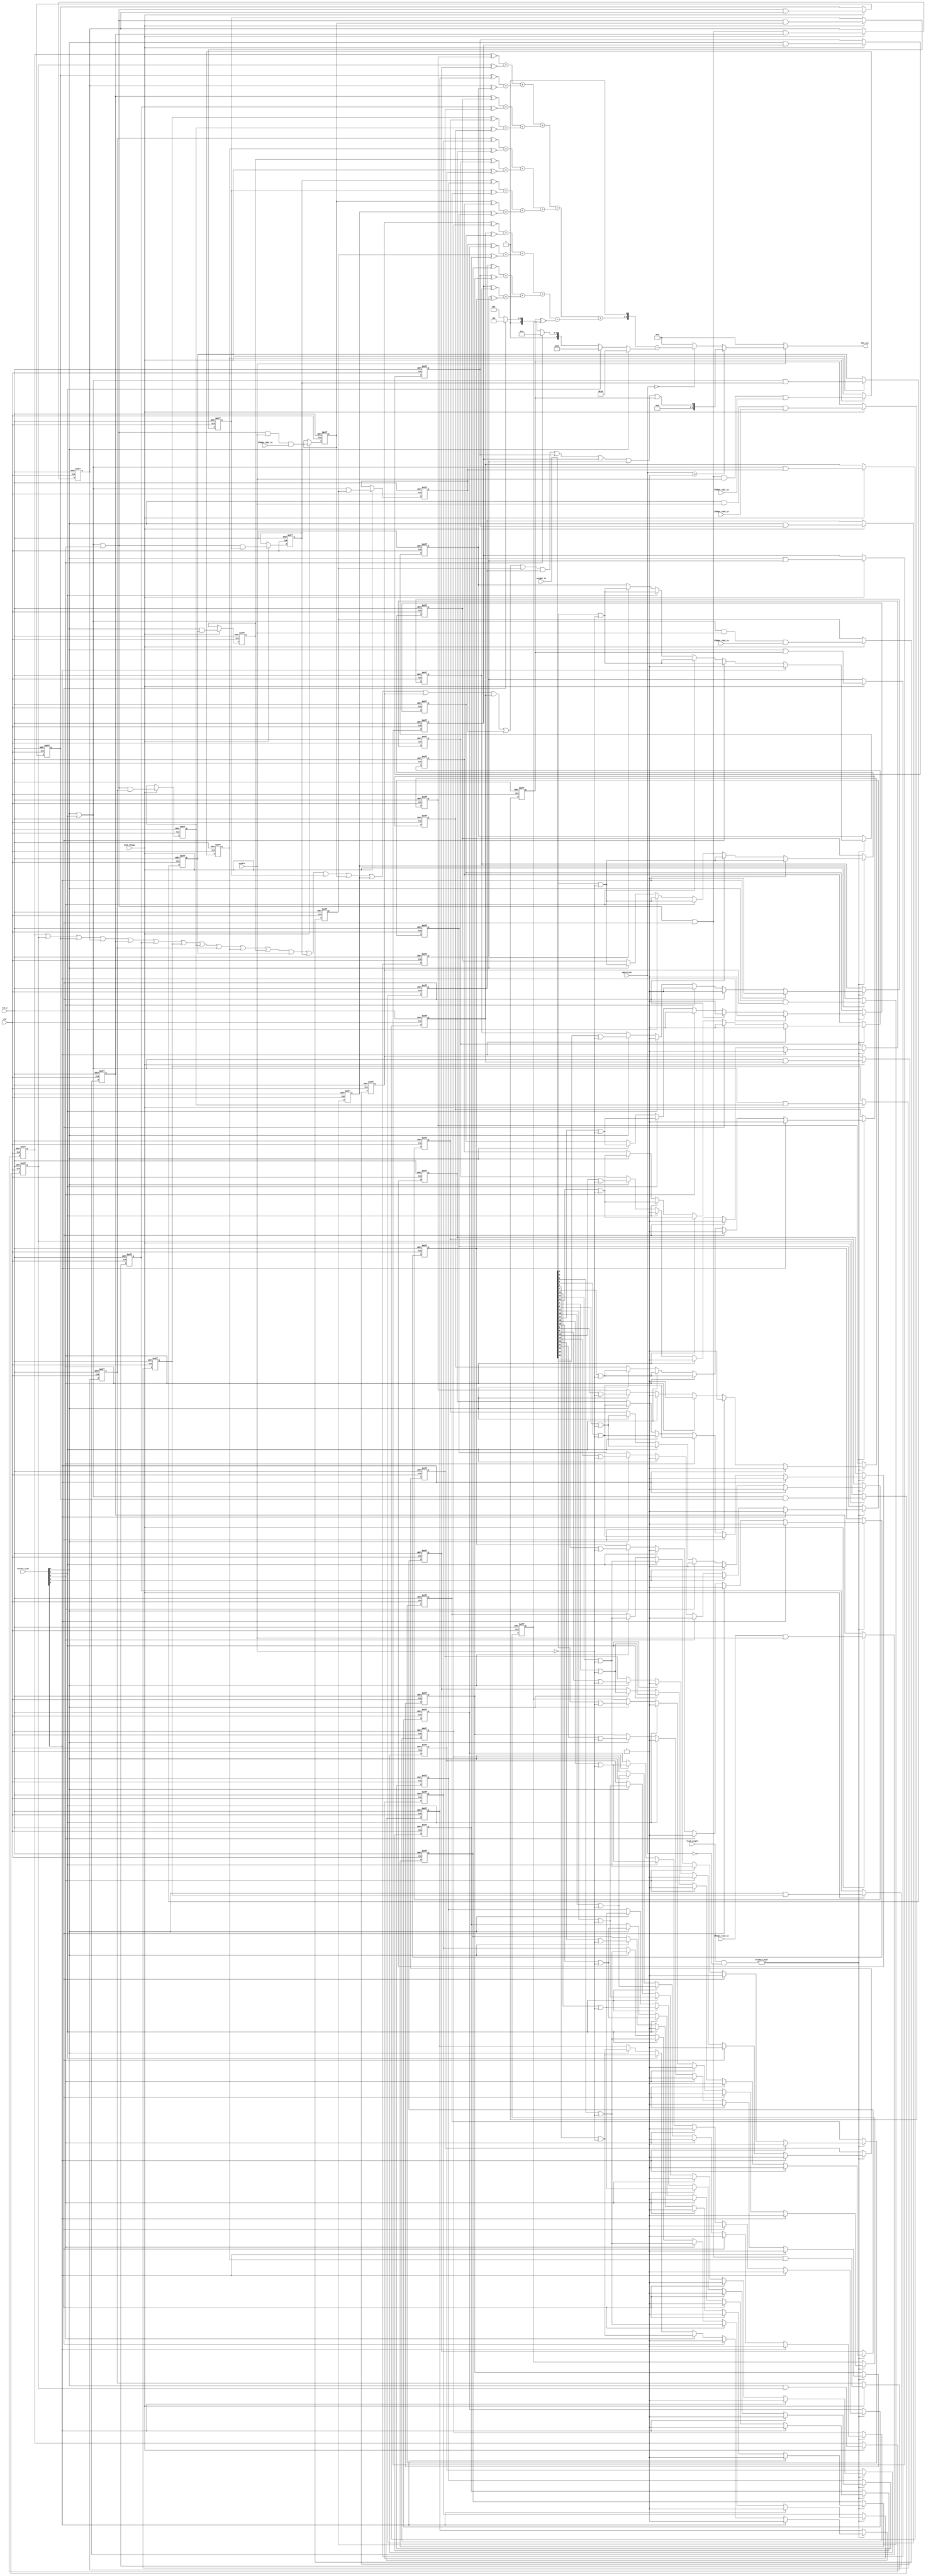
/*
    module  ALU

    input   ifmapsweightcontrol signal

    output  ConvolutionPooling

    ALUload_ifmapsload_weightifmapsweightALUoperationConvolutionPooling
    Convolution->XNORifmapsweight1Kernal size constant0-1
                 kernal size(K) = 3 1(1_n)30(0_n)6Convolution-3(ANS)
                       1_n - 0_n = ANS
                       1_n + 0_n = K^2
                     =>2(1_n) = ANS + K^2
                     =>ANS = 2(1_n) - K^2
                     ->-3  = 2(3) - 9  
    
    Pooling    -> ifmaps25regORpooling
*/
`timescale  10ns / 10ns
module ALU (
    //global
    input clk,
    input rst_n,

    //data
    input wire ifmaps_row0_in,
    input wire ifmaps_row1_in,
    input wire ifmaps_row2_in,
    input wire ifmaps_row3_in,
    input wire ifmaps_row4_in,

    input wire [24:0] weight_in,

    output wire [5:0] MAC_out,

    //control in
    input wire enable,
    input wire load_ifmaps,
    input wire load_weight,

    input wire [1:0] operation,
    input wire [4:0] kernel_size //one hot vector

);

    // integer idx;
    //ifmapsweightidx=4
    //regifmaps=0 weight=1xnor=0bitcount
    reg ifmaps_reg_00,ifmaps_reg_01,ifmaps_reg_02,ifmaps_reg_03,ifmaps_reg_04;
    reg ifmaps_reg_10,ifmaps_reg_11,ifmaps_reg_12,ifmaps_reg_13,ifmaps_reg_14;
    reg ifmaps_reg_20,ifmaps_reg_21,ifmaps_reg_22,ifmaps_reg_23,ifmaps_reg_24;
    reg ifmaps_reg_30,ifmaps_reg_31,ifmaps_reg_32,ifmaps_reg_33,ifmaps_reg_34;
    reg ifmaps_reg_40,ifmaps_reg_41,ifmaps_reg_42,ifmaps_reg_43,ifmaps_reg_44;

    reg weight_reg_00,weight_reg_01,weight_reg_02,weight_reg_03,weight_reg_04;
    reg weight_reg_10,weight_reg_11,weight_reg_12,weight_reg_13,weight_reg_14;
    reg weight_reg_20,weight_reg_21,weight_reg_22,weight_reg_23,weight_reg_24;
    reg weight_reg_30,weight_reg_31,weight_reg_32,weight_reg_33,weight_reg_34;
    reg weight_reg_40,weight_reg_41,weight_reg_42,weight_reg_43,weight_reg_44;

    wire [24:0] xnor_op;
    reg [5:0] summation;

    reg [1:0] summation_layer1 [0:11];
    reg [2:0] summation_layer2 [0:5];
    reg [3:0] summation_layer3 [0:2];
    reg [4:0] summation_layer4 [0:1];
    reg [4:0] summation_layer5 ;

    reg [4:0] kenel_constant;

    wire enable_n;//for weight reg to OR it. If enable is 1 then OR 0 ,else OR 1 
    assign enable_n=~enable;

    //operation decode
    wire op_convolution;
    wire op_pooling;
    wire op_linear;
    assign op_convolution=(operation==0);
    assign op_pooling=(operation==1);
    assign op_linear=(operation==2);

    wire pooling;
    assign pooling= ifmaps_reg_00|ifmaps_reg_01|ifmaps_reg_02|ifmaps_reg_03|ifmaps_reg_04|
                    ifmaps_reg_10|ifmaps_reg_11|ifmaps_reg_12|ifmaps_reg_13|ifmaps_reg_14|
                    ifmaps_reg_20|ifmaps_reg_21|ifmaps_reg_22|ifmaps_reg_23|ifmaps_reg_24|
                    ifmaps_reg_30|ifmaps_reg_31|ifmaps_reg_32|ifmaps_reg_33|ifmaps_reg_34|
                    ifmaps_reg_40|ifmaps_reg_41|ifmaps_reg_42|ifmaps_reg_43|ifmaps_reg_44;

    //operation  ->  1: Do Pooling  0: Do MUL
    assign MAC_out = (!enable) ? 6'd0 :
                     op_pooling ? {5'd0,pooling}:
                     op_convolution ? summation:6'd0; 
    
    //kernelkernel_size
    wire kenel_2,kenel_3,kenel_4,kenel_5;
    assign kenel_2=(kernel_size[4]|kernel_size[3]|kernel_size[2]|kernel_size[1]);
    assign kenel_3=(kernel_size[4]|kernel_size[3]|kernel_size[2]);
    assign kenel_4=(kernel_size[4]|kernel_size[3]);
    assign kenel_5=(kernel_size[4]);

    //XNOR 
    assign xnor_op[0] = ifmaps_reg_00 ^~ weight_reg_00;
    assign xnor_op[1] = ifmaps_reg_01 ^~ weight_reg_01;
    assign xnor_op[2] = ifmaps_reg_02 ^~ weight_reg_02;
    assign xnor_op[3] = ifmaps_reg_03 ^~ weight_reg_03;
    assign xnor_op[4] = ifmaps_reg_04 ^~ weight_reg_04;

    assign xnor_op[5] = ifmaps_reg_10 ^~ weight_reg_10;
    assign xnor_op[6] = ifmaps_reg_11 ^~ weight_reg_11;
    assign xnor_op[7] = ifmaps_reg_12 ^~ weight_reg_12;
    assign xnor_op[8] = ifmaps_reg_13 ^~ weight_reg_13;
    assign xnor_op[9] = ifmaps_reg_14 ^~ weight_reg_14;

    assign xnor_op[10] = ifmaps_reg_20 ^~ weight_reg_20;
    assign xnor_op[11] = ifmaps_reg_21 ^~ weight_reg_21;
    assign xnor_op[12] = ifmaps_reg_22 ^~ weight_reg_22;
    assign xnor_op[13] = ifmaps_reg_23 ^~ weight_reg_23;
    assign xnor_op[14] = ifmaps_reg_24 ^~ weight_reg_24;

    assign xnor_op[15] = ifmaps_reg_30 ^~ weight_reg_30;
    assign xnor_op[16] = ifmaps_reg_31 ^~ weight_reg_31;
    assign xnor_op[17] = ifmaps_reg_32 ^~ weight_reg_32;
    assign xnor_op[18] = ifmaps_reg_33 ^~ weight_reg_33;
    assign xnor_op[19] = ifmaps_reg_34 ^~ weight_reg_34;

    assign xnor_op[20] = ifmaps_reg_40 ^~ weight_reg_40;
    assign xnor_op[21] = ifmaps_reg_41 ^~ weight_reg_41;
    assign xnor_op[22] = ifmaps_reg_42 ^~ weight_reg_42;
    assign xnor_op[23] = ifmaps_reg_43 ^~ weight_reg_43;
    assign xnor_op[24] = ifmaps_reg_44 ^~ weight_reg_44;

    //ifmapsload_ifmaps == 1 
    always @(posedge clk or negedge rst_n) begin
        if(!rst_n) begin
            ifmaps_reg_00<=0;
            ifmaps_reg_01<=0;
            ifmaps_reg_02<=0;
            ifmaps_reg_03<=0;
            ifmaps_reg_04<=0;
        end
        else begin
            if(load_ifmaps) begin
                ifmaps_reg_00<=kenel_5 & ifmaps_reg_01;
                ifmaps_reg_01<=kenel_4 & ifmaps_reg_02;
                ifmaps_reg_02<=kenel_3 & ifmaps_reg_03;
                ifmaps_reg_03<=kenel_2 & ifmaps_reg_04;
                ifmaps_reg_04<=ifmaps_row0_in & enable;
            end
        end
    end

    always @(posedge clk or negedge rst_n) begin
        if(!rst_n) begin
            ifmaps_reg_10<=0;
            ifmaps_reg_11<=0;
            ifmaps_reg_12<=0;
            ifmaps_reg_13<=0;
            ifmaps_reg_14<=0;
        end
        else begin
            if(load_ifmaps) begin
                ifmaps_reg_10<=kenel_5 & ifmaps_reg_11;
                ifmaps_reg_11<=kenel_4 & ifmaps_reg_12;
                ifmaps_reg_12<=kenel_3 & ifmaps_reg_13;
                ifmaps_reg_13<=kenel_2 & ifmaps_reg_14;
                ifmaps_reg_14<=kenel_2 & enable & ifmaps_row1_in;
            end
        end
    end

    always @(posedge clk or negedge rst_n) begin
        if(!rst_n) begin
            ifmaps_reg_20<=0;
            ifmaps_reg_21<=0;
            ifmaps_reg_22<=0;
            ifmaps_reg_23<=0;
            ifmaps_reg_24<=0;
        end
        else begin
            if(load_ifmaps) begin
                ifmaps_reg_20<=kenel_5 & ifmaps_reg_21;
                ifmaps_reg_21<=kenel_4 & ifmaps_reg_22;
                ifmaps_reg_22<=kenel_3 & ifmaps_reg_23;
                ifmaps_reg_23<=kenel_3 & ifmaps_reg_24;
                ifmaps_reg_24<=kenel_3 & enable & ifmaps_row2_in;
            end
        end
    end

    always @(posedge clk or negedge rst_n) begin
        if(!rst_n) begin
            ifmaps_reg_30<=0;
            ifmaps_reg_31<=0;
            ifmaps_reg_32<=0;
            ifmaps_reg_33<=0;
            ifmaps_reg_34<=0;
        end
        else begin
            if(load_ifmaps) begin
                ifmaps_reg_30<=kenel_5 & ifmaps_reg_31;
                ifmaps_reg_31<=kenel_4 & ifmaps_reg_32;
                ifmaps_reg_32<=kenel_4 & ifmaps_reg_33;
                ifmaps_reg_33<=kenel_4 & ifmaps_reg_34;
                ifmaps_reg_34<=kenel_4 & enable & ifmaps_row3_in;
            end
        end
    end

    always @(posedge clk or negedge rst_n) begin
        if(!rst_n) begin
            ifmaps_reg_40<=0;
            ifmaps_reg_41<=0;
            ifmaps_reg_42<=0;
            ifmaps_reg_43<=0;
            ifmaps_reg_44<=0;
        end
        else begin
            if(load_ifmaps) begin
                ifmaps_reg_40<=kenel_5 & ifmaps_reg_41;
                ifmaps_reg_41<=kenel_5 & ifmaps_reg_42;
                ifmaps_reg_42<=kenel_5 & ifmaps_reg_43;
                ifmaps_reg_43<=kenel_5 & ifmaps_reg_44;
                ifmaps_reg_44<=kenel_5 & enable & ifmaps_row4_in;
            end
        end
    end

    //weight kernel sizeload weight
    always @(posedge clk or negedge rst_n) begin
        if(!rst_n) begin
            weight_reg_00<=1;
            weight_reg_01<=1;
            weight_reg_02<=1;
            weight_reg_03<=1;
            weight_reg_04<=1;
            weight_reg_10<=1;
            weight_reg_11<=1;
            weight_reg_12<=1;
            weight_reg_13<=1;
            weight_reg_14<=1;
            weight_reg_20<=1;
            weight_reg_21<=1;
            weight_reg_22<=1;
            weight_reg_23<=1;
            weight_reg_24<=1;
            weight_reg_30<=1;
            weight_reg_31<=1;
            weight_reg_32<=1;
            weight_reg_33<=1;
            weight_reg_34<=1;
            weight_reg_40<=1;
            weight_reg_41<=1;
            weight_reg_42<=1;
            weight_reg_43<=1;
            weight_reg_44<=1;
        end
        else begin
            if(load_weight & ~operation) begin
                casez (kernel_size)
                    5'b????1:begin
                        weight_reg_00 <= 1;
                        weight_reg_01 <= 1;
                        weight_reg_02 <= 1;
                        weight_reg_03 <= 1;
                        weight_reg_04 <= weight_in[4] | enable_n;

                        weight_reg_10 <= 1;
                        weight_reg_11 <= 1;
                        weight_reg_12 <= 1;
                        weight_reg_13 <= 1;
                        weight_reg_14 <= 1;

                        weight_reg_20 <= 1;
                        weight_reg_21 <= 1;
                        weight_reg_22 <= 1;
                        weight_reg_23 <= 1;
                        weight_reg_24 <= 1;

                        weight_reg_30 <= 1;
                        weight_reg_31 <= 1;
                        weight_reg_32 <= 1;
                        weight_reg_33 <= 1;
                        weight_reg_34 <= 1;

                        weight_reg_40 <= 1;
                        weight_reg_41 <= 1;
                        weight_reg_42 <= 1;
                        weight_reg_43 <= 1;
                        weight_reg_44 <= 1;
                    end 
                    5'b???1?:begin
                        weight_reg_00 <= 1;
                        weight_reg_01 <= 1;
                        weight_reg_02 <= 1;
                        weight_reg_03 <= weight_in[3] | enable_n;
                        weight_reg_04 <= weight_in[4] | enable_n;

                        weight_reg_10 <= 1;
                        weight_reg_11 <= 1;
                        weight_reg_12 <= 1;
                        weight_reg_13 <= weight_in[8] | enable_n;
                        weight_reg_14 <= weight_in[9] | enable_n;

                        weight_reg_20 <= 1;
                        weight_reg_21 <= 1;
                        weight_reg_22 <= 1;
                        weight_reg_23 <= 1;
                        weight_reg_24 <= 1;

                        weight_reg_30 <= 1;
                        weight_reg_31 <= 1;
                        weight_reg_32 <= 1;
                        weight_reg_33 <= 1;
                        weight_reg_34 <= 1;

                        weight_reg_40 <= 1;
                        weight_reg_41 <= 1;
                        weight_reg_42 <= 1;
                        weight_reg_43 <= 1;
                        weight_reg_44 <= 1;
                    end
                    5'b??1??:begin
                        weight_reg_00 <= 1;
                        weight_reg_01 <= 1;
                        weight_reg_02 <= weight_in[2]  | enable_n;
                        weight_reg_03 <= weight_in[3]  | enable_n;
                        weight_reg_04 <= weight_in[4]  | enable_n;

                        weight_reg_10 <= 1;
                        weight_reg_11 <= 1;
                        weight_reg_12 <= weight_in[7]  | enable_n;
                        weight_reg_13 <= weight_in[8]  | enable_n;
                        weight_reg_14 <= weight_in[9]  | enable_n;

                        weight_reg_20 <= 1;
                        weight_reg_21 <= 1;
                        weight_reg_22 <= weight_in[12] | enable_n;
                        weight_reg_23 <= weight_in[13] | enable_n;
                        weight_reg_24 <= weight_in[14] | enable_n;

                        weight_reg_30 <= 1;
                        weight_reg_31 <= 1;
                        weight_reg_32 <= 1;
                        weight_reg_33 <= 1;
                        weight_reg_34 <= 1;

                        weight_reg_40 <= 1;
                        weight_reg_41 <= 1;
                        weight_reg_42 <= 1;
                        weight_reg_43 <= 1;
                        weight_reg_44 <= 1;
                    end
                    5'b?1???:begin
                        weight_reg_00 <= 1;
                        weight_reg_01 <= weight_in[1]  | enable_n;
                        weight_reg_02 <= weight_in[2]  | enable_n;
                        weight_reg_03 <= weight_in[3]  | enable_n;
                        weight_reg_04 <= weight_in[4]  | enable_n;

                        weight_reg_10 <= 1;
                        weight_reg_11 <= weight_in[6]  | enable_n;
                        weight_reg_12 <= weight_in[7]  | enable_n;
                        weight_reg_13 <= weight_in[8]  | enable_n;
                        weight_reg_14 <= weight_in[9]  | enable_n;

                        weight_reg_20 <= 1;
                        weight_reg_21 <= weight_in[11] | enable_n;
                        weight_reg_22 <= weight_in[12] | enable_n;
                        weight_reg_23 <= weight_in[13] | enable_n;
                        weight_reg_24 <= weight_in[14] | enable_n;

                        weight_reg_30 <= 1;
                        weight_reg_31 <= weight_in[16] | enable_n;
                        weight_reg_32 <= weight_in[17] | enable_n;
                        weight_reg_33 <= weight_in[18] | enable_n;
                        weight_reg_34 <= weight_in[19] | enable_n;

                        weight_reg_40 <= 1;
                        weight_reg_41 <= 1;
                        weight_reg_42 <= 1;
                        weight_reg_43 <= 1;
                        weight_reg_44 <= 1;
                    end
                    5'b1????:begin
                        weight_reg_00 <= weight_in[0] | enable_n;
                        weight_reg_01 <= weight_in[1] | enable_n;
                        weight_reg_02 <= weight_in[2] | enable_n;
                        weight_reg_03 <= weight_in[3] | enable_n;
                        weight_reg_04 <= weight_in[4] | enable_n;

                        weight_reg_10 <= weight_in[5] | enable_n;
                        weight_reg_11 <= weight_in[6] | enable_n;
                        weight_reg_12 <= weight_in[7] | enable_n;
                        weight_reg_13 <= weight_in[8] | enable_n;
                        weight_reg_14 <= weight_in[9] | enable_n;

                        weight_reg_20 <= weight_in[10] | enable_n;
                        weight_reg_21 <= weight_in[11] | enable_n;
                        weight_reg_22 <= weight_in[12] | enable_n;
                        weight_reg_23 <= weight_in[13] | enable_n;
                        weight_reg_24 <= weight_in[14] | enable_n;

                        weight_reg_30 <= weight_in[15] | enable_n;
                        weight_reg_31 <= weight_in[16] | enable_n;
                        weight_reg_32 <= weight_in[17] | enable_n;
                        weight_reg_33 <= weight_in[18] | enable_n;
                        weight_reg_34 <= weight_in[19] | enable_n;

                        weight_reg_40 <= weight_in[20] | enable_n;
                        weight_reg_41 <= weight_in[21] | enable_n;
                        weight_reg_42 <= weight_in[22] | enable_n;
                        weight_reg_43 <= weight_in[23] | enable_n;
                        weight_reg_44 <= weight_in[24] | enable_n;
                    end
                    default: begin
                        weight_reg_00 <= weight_reg_00;
                        weight_reg_01 <= weight_reg_01;
                        weight_reg_02 <= weight_reg_02;
                        weight_reg_03 <= weight_reg_03;
                        weight_reg_04 <= weight_reg_04;

                        weight_reg_10 <= weight_reg_10;
                        weight_reg_11 <= weight_reg_11;
                        weight_reg_12 <= weight_reg_12;
                        weight_reg_13 <= weight_reg_13;
                        weight_reg_14 <= weight_reg_14;

                        weight_reg_20 <= weight_reg_20;
                        weight_reg_21 <= weight_reg_21;
                        weight_reg_22 <= weight_reg_22;
                        weight_reg_23 <= weight_reg_23;
                        weight_reg_24 <= weight_reg_24;

                        weight_reg_30 <= weight_reg_30;
                        weight_reg_31 <= weight_reg_31;
                        weight_reg_32 <= weight_reg_32;
                        weight_reg_33 <= weight_reg_33;
                        weight_reg_34 <= weight_reg_34;

                        weight_reg_40 <= weight_reg_40;
                        weight_reg_41 <= weight_reg_41;
                        weight_reg_42 <= weight_reg_42;
                        weight_reg_43 <= weight_reg_43;
                        weight_reg_44 <= weight_reg_44;

                    end
                endcase
            end
        end
    end

    
    //25adder tree
    integer i;
    always @(*) begin
        for(i=0;i<12;i=i+1) begin
            summation_layer1[i] = xnor_op[i*2] + xnor_op[i*2+1];
        end
    end 

    always @(*) begin
        for(i=0;i<6;i=i+1) begin
            summation_layer2[i] = summation_layer1[i*2] + summation_layer1[i*2+1];
        end
    end 

    always @(*) begin
        for(i=0;i<3;i=i+1) begin
            summation_layer3[i] = summation_layer2[i*2] + summation_layer2[i*2+1];
        end
    end 

    always @(*) begin
        summation_layer4[0] = summation_layer3[0] + summation_layer3[1];
        summation_layer4[1] = summation_layer3[2] + xnor_op[24];
    end

    always @(*) begin
        summation_layer5 = summation_layer4[0] + summation_layer4[1];
    end
    
    //constant
    always @(*) begin
        kenel_constant = kernel_size[4] ? 5'd25 :
                         kernel_size[3] ? 5'd16 :
                         kernel_size[2] ? 5'd9  :
                         kernel_size[1] ? 5'd4  : 5'd1;
    end
    
    always @(*) begin
        summation = {summation_layer5,1'd0} - kenel_constant;
    end

endmodule //MAC